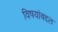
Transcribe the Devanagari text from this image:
विषयांबद्दल